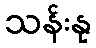
သန်းနု